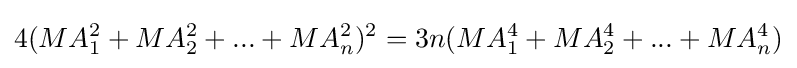
4(MA_{1}^{2}+MA_{2}^{2}+...+MA_{n}^{2})^{2}=3n(MA_{1}^{4}+MA_{2}^{4}+...+MA_{n}^{4})